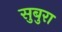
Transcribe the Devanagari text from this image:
सुबुरा